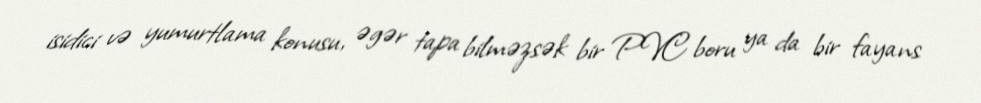
isidici və yumurtlama konusu, əgər tapa bilməzsək bir PVC boru ya da bir fayans